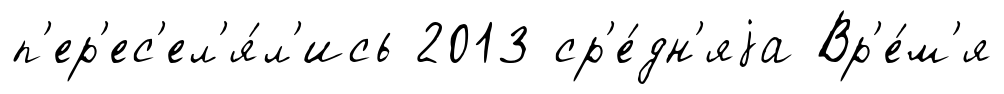
п'ер'ес'ел'я́л'ись 2013 ср'е́дн'яjа Вр'е́м'я